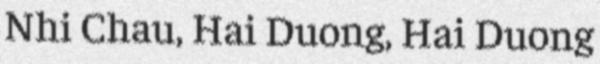
Nhi Chau, Hai Duong, Hai Duong